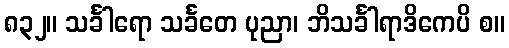
၈၃၂။ သင်္ခါရော သင်္ခတေ ပုညာ၊ ဘိသင်္ခါရာဒိကေပိ စ။